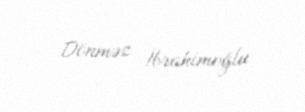
Dönməz İbrahimoğlu